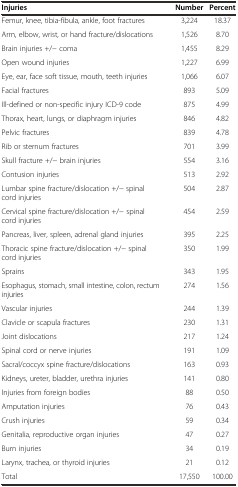
<table><thead><tr><td><b>Injuries</b></td><td><b>Number</b></td><td><b>Percent</b></td></tr></thead><tbody><tr><td>Femur, knee, tibia-fibula, ankle, foot fractures</td><td>3,224</td><td>18.37</td></tr><tr><td>Arm, elbow, wrist, or hand fracture/dislocations</td><td>1,526</td><td>8.70</td></tr><tr><td>Brain injuries +/− coma</td><td>1,455</td><td>8.29</td></tr><tr><td>Open wound injuries</td><td>1,227</td><td>6.99</td></tr><tr><td>Eye, ear, face soft tissue, mouth, teeth injuries</td><td>1,066</td><td>6.07</td></tr><tr><td>Facial fractures</td><td>893</td><td>5.09</td></tr><tr><td>Ill-defined or non-specific injury ICD-9 code</td><td>875</td><td>4.99</td></tr><tr><td>Thorax, heart, lungs, or diaphragm injuries</td><td>846</td><td>4.82</td></tr><tr><td>Pelvic fractures</td><td>839</td><td>4.78</td></tr><tr><td>Rib or sternum fractures</td><td>701</td><td>3.99</td></tr><tr><td>Skull fracture +/− brain injuries</td><td>554</td><td>3.16</td></tr><tr><td>Contusion injuries</td><td>513</td><td>2.92</td></tr><tr><td>Lumbar spine fracture/dislocation +/− spinal cord injuries</td><td>504</td><td>2.87</td></tr><tr><td>Cervical spine fracture/dislocation +/− spinal cord injuries</td><td>454</td><td>2.59</td></tr><tr><td>Pancreas, liver, spleen, adrenal gland injuries</td><td>395</td><td>2.25</td></tr><tr><td>Thoracic spine fracture/dislocation +/− spinal cord injuries</td><td>350</td><td>1.99</td></tr><tr><td>Sprains</td><td>343</td><td>1.95</td></tr><tr><td>Esophagus, stomach, small intestine, colon, rectum injuries</td><td>274</td><td>1.56</td></tr><tr><td>Vascular injuries</td><td>244</td><td>1.39</td></tr><tr><td>Clavicle or scapula fractures</td><td>230</td><td>1.31</td></tr><tr><td>Joint dislocations</td><td>217</td><td>1.24</td></tr><tr><td>Spinal cord or nerve injuries</td><td>191</td><td>1.09</td></tr><tr><td>Sacral/coccyx spine fracture/dislocations</td><td>163</td><td>0.93</td></tr><tr><td>Kidneys, ureter, bladder, urethra injuries</td><td>141</td><td>0.80</td></tr><tr><td>Injuries from foreign bodies</td><td>88</td><td>0.50</td></tr><tr><td>Amputation injuries</td><td>76</td><td>0.43</td></tr><tr><td>Crush injuries</td><td>59</td><td>0.34</td></tr><tr><td>Genitalia, reproductive organ injuries</td><td>47</td><td>0.27</td></tr><tr><td>Burn injuries</td><td>34</td><td>0.19</td></tr><tr><td>Larynx, trachea, or thyroid injuries</td><td>21</td><td>0.12</td></tr><tr><td>Total</td><td>17,550</td><td>100.00</td></tr></tbody></table>